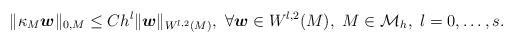
LaTeX: \begin{align*} \| \kappa_M {\boldsymbol{w}} \|_{0,M} \leq C h^l \|{\boldsymbol{w}}\|_{W^{l,2}(M)},~ \forall \boldsymbol{w} \in W^{l,2}(M),~M \in {\mathcal M}_h,~l=0, \ldots, s.\end{align*}